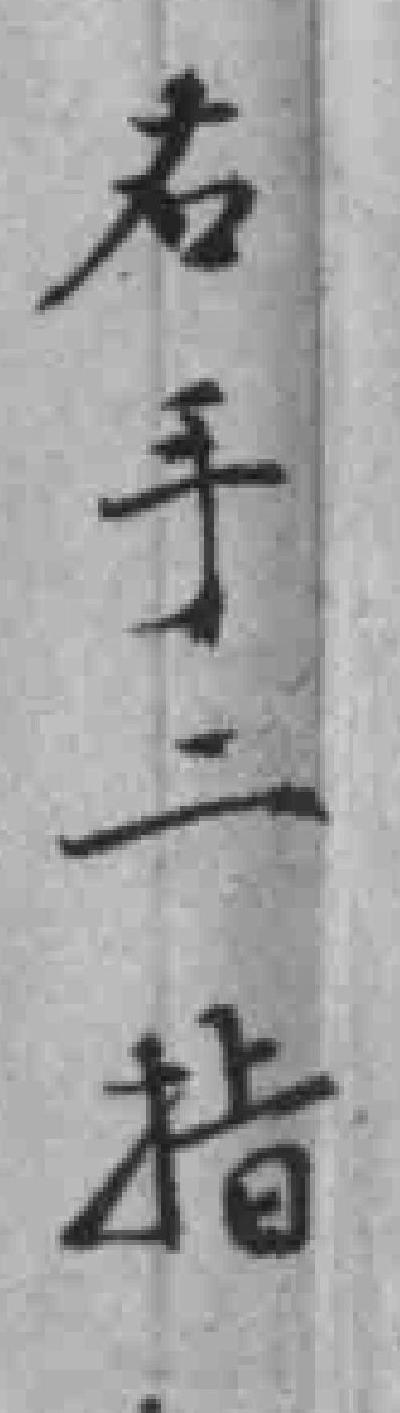
右手二指